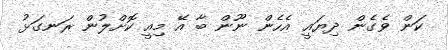
ކަން ވެގެން ދިޔައީ އެހެން ނޫން ބާ އޭ މިއީ ކޮށްލުން ރަނގަޅު